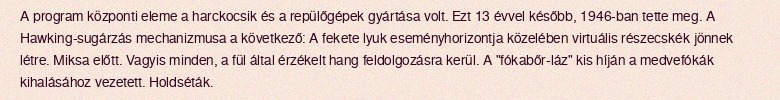
A program központi eleme a harckocsik és a repülőgépek gyártása volt. Ezt 13 évvel később, 1946-ban tette meg. A Hawking-sugárzás mechanizmusa a következő: A fekete lyuk eseményhorizontja közelében virtuális részecskék jönnek létre. Miksa előtt. Vagyis minden, a fül által érzékelt hang feldolgozásra kerül. A "fókabőr-láz" kis híján a medvefókák kihalásához vezetett. Holdséták.